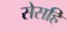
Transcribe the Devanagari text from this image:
सेसहि